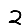
Digit: 2